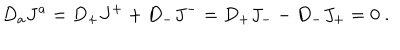
D _ { a } J ^ { a } = D _ { + } J ^ { + } + D _ { - } J ^ { - } = D _ { + } J _ { - } - D _ { - } J _ { + } = 0 \ .